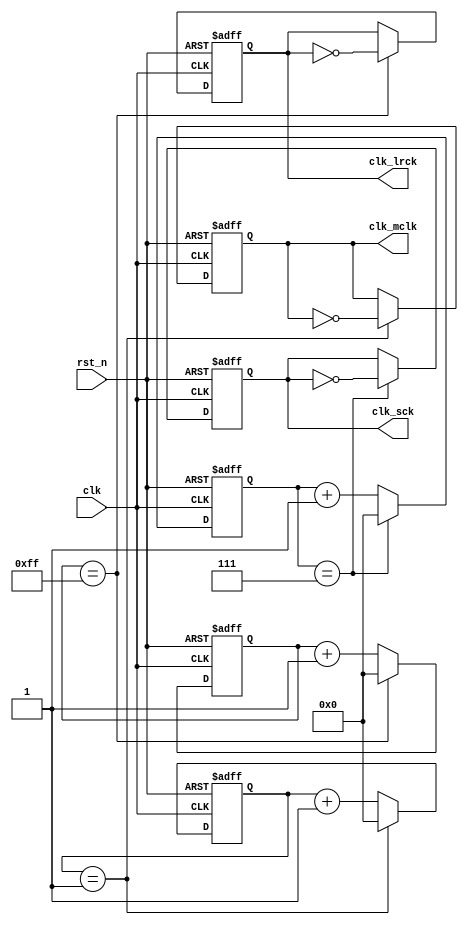
`timescale 1ns / 1ps

module frequency_divider(    
    clk_mclk,       //generated 25MHz clock
    clk_lrck,       //generated 25MHz/128 clock
    clk_sck,        //generated 25MHz/4 clock
    clk,            //clock from crystal
    rst_n           //active low reset
);
output clk_mclk;
output clk_lrck;
output clk_sck;
input clk;
input rst_n;
reg clk_mclk;
reg clk_lrck;
reg clk_sck;

reg [26:0] count_mclk, count_mclk_next;
reg [26:0] count_lrck, count_lrck_next;
reg [26:0] count_sck, count_sck_next;
reg clk_mclk_next;
reg clk_lrck_next;
reg clk_sck_next;

always @*
    if (count_mclk == 27'd1)    //generated 25MHz clock
    begin
        count_mclk_next = 27'd0;
        clk_mclk_next = ~clk_mclk;
    end
    else
    begin
        count_mclk_next = count_mclk + 27'd1;
        clk_mclk_next = clk_mclk;
    end
 
always @*
    if (count_lrck == 27'd255)   //generated 25MHz / 128 clock
    begin
        count_lrck_next = 27'd0;
        clk_lrck_next = ~clk_lrck;
    end
    else
    begin
        count_lrck_next = count_lrck + 1'b1;
        clk_lrck_next = clk_lrck;
    end

always @*
    if (count_sck == 27'd7)   //generated 25MHz / 4 clock
    begin
        count_sck_next = 27'd0;
        clk_sck_next = ~clk_sck;
    end
    else
    begin
        count_sck_next = count_sck + 1'b1;
        clk_sck_next = clk_sck;
    end

always @(posedge clk or negedge rst_n)
    if (~rst_n)
    begin
        count_mclk <= 27'd0;
        clk_mclk <= 1'b0;        
        
        count_lrck <= 27'd0;
        clk_lrck <= 1'b0;        
        
        count_sck <= 27'd0;
        clk_sck <= 1'b0;   
    end
    else
    begin
        count_mclk <= count_mclk_next;
        clk_mclk <= clk_mclk_next;       
        
        count_lrck <= count_lrck_next;
        clk_lrck <= clk_lrck_next;          
        
        count_sck <= count_sck_next;
        clk_sck <= clk_sck_next;  
    end
endmodule